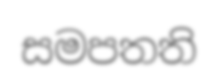
සමපතති